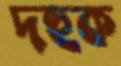
দহুক